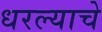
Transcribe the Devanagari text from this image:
धरल्याचे